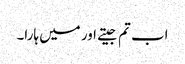
اب تم جیتے اور میں ہارا۔